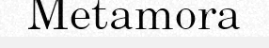
Metamora